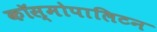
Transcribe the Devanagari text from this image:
कॉस्मोपालिटन